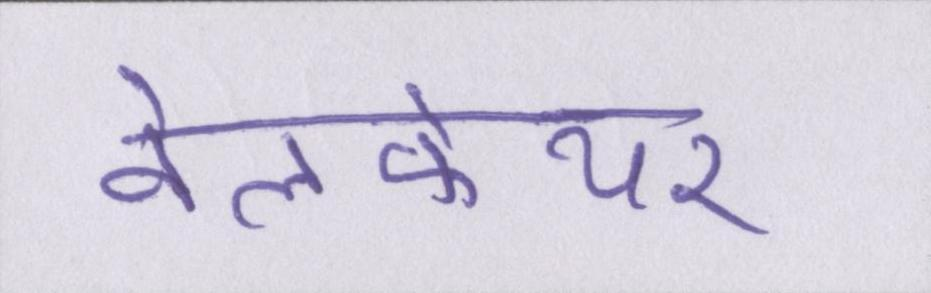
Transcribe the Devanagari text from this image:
वेलफेयर